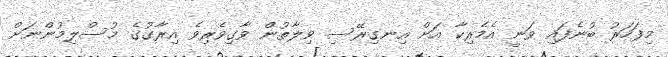
މިފަހަރު ބުނެފައި ވަނީ އެމެރިކާ އަށް އިނގިރޭސި ވިލާތުން ވާގިވެރިވެ އިރާގުގެ މުސްލިމުންނަށް